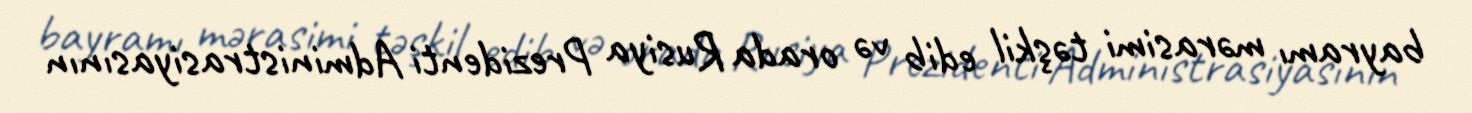
bayramı mərasimi təşkil edib və orada Rusiya Prezidenti Administrasiyasının